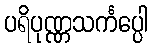
ပရိပုဏ္ဏသင်္ကပ္ပေါ